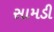
સામડી